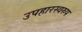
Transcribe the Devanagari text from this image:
उपहारस्वरुप